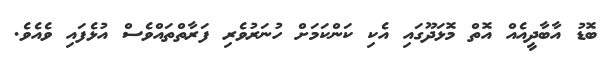
ބޮޑު އާބާދީއެއް އޮތް މޮޅަދޫގައި އެކި ކަންކަމަށް ހުނަރުވެރި ފަރާތްތައްވެސް އުޅެފައި ވެއެވެ.